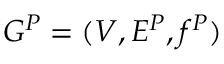
G ^ { P } = ( V , E ^ { P } , f ^ { P } )